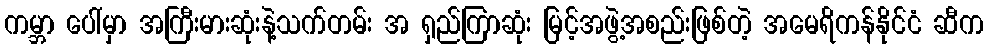
ကမ္ဘာ ပေါ်မှာ အကြီးမားဆုံးနဲ့သက်တမ်း အ ရှည်ကြာဆုံး မြင့်အဖွဲ့အစည်းဖြစ်တဲ့ အမေရိကန်နိုင်ငံ ဆီက